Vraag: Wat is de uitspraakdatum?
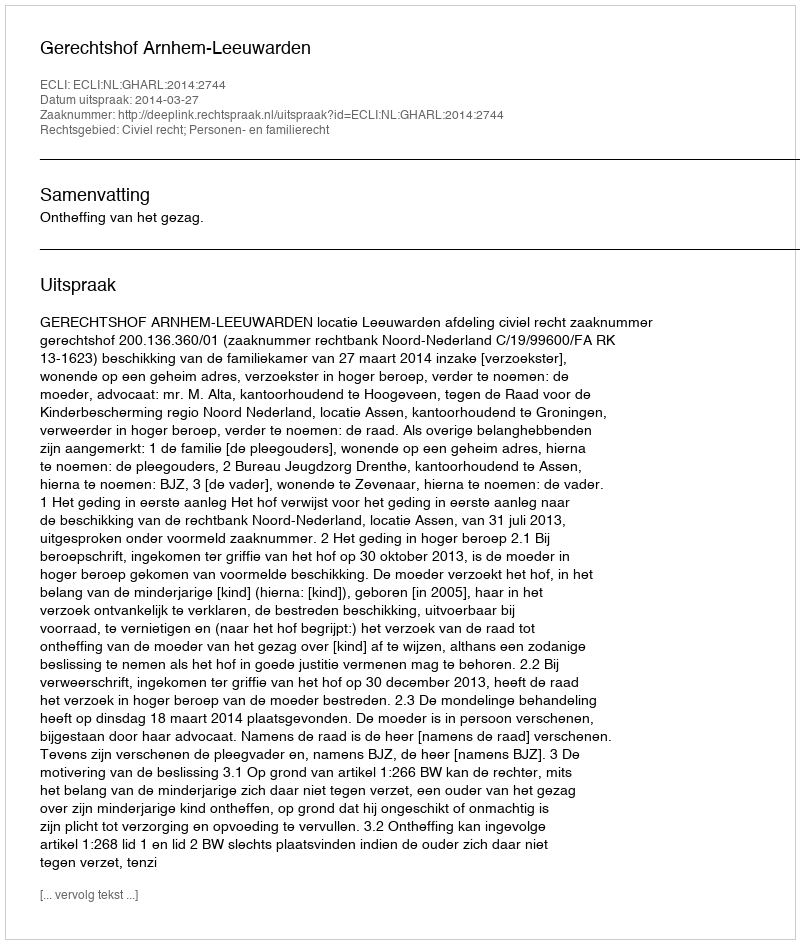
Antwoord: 2014-03-27